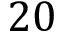
2 0